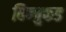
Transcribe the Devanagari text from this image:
विष्णुकड